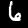
Digit: 6